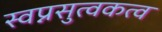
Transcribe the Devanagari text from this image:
स्वप्नसुत्वकत्व